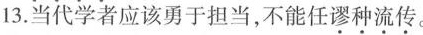
13.当代学者应该勇于担当，不能任谬种流传。